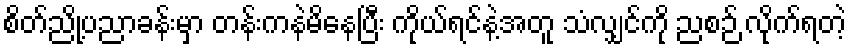
စိတ်ညို့ပညာခန်းမှာ တန်းကနဲမိနေပြီး ကိုယ်ရင်နဲ့အတူ သံလျှင်ကို ညစဉ် လိုက်ရတဲ့